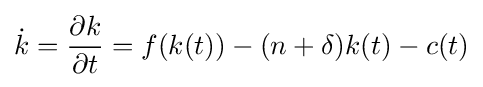
{\dot {k}}={\frac {\partial k}{\partial t}}=f(k(t))-(n+\delta )k(t)-c(t)